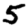
Digit: 5